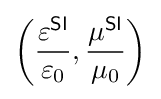
\left({\frac {\varepsilon ^{\textsf {SI}}}{\varepsilon _{0}}},{\frac {\mu ^{\textsf {SI}}}{\mu _{0}}}\right)